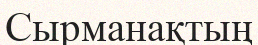
Сырманақтың